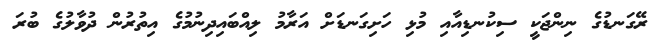
ރޭގަނޑުގެ ނިންޖަކީ ސިކުނޑިއާއި މުޅި ހަށިގަނޑަށް އަރާމު ލިއްބައިދިނުމުގެ އިތުރުން ދުވާލުގެ ބުރަ